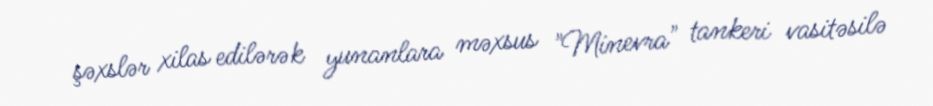
şəxslər xilas edilərək yunanlara məxsus "Minevra" tankeri vasitəsilə